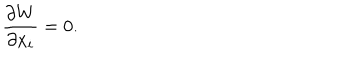
\frac { \partial W } { \partial x _ { i } } = 0 .